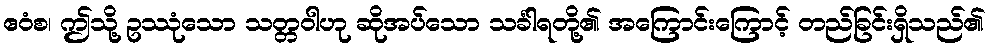
ဧဝံစ၊ ဤသို့ ဥဿုံသော သတ္တဝါဟု ဆိုအပ်သော သင်္ခါရတို့၏ အကြောင်းကြောင့် တည်ခြင်းရှိသည်၏